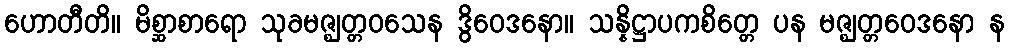
ဟောတီတိ။ မိစ္ဆာစာရော သုခမဇ္ဈတ္တဝသေန ဒွိဝေဒနော။ သန္နိဋ္ဌာပကစိတ္တေ ပန မဇ္ဈတ္တဝေဒနော န